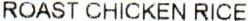
ROAST CHICKEN RICE